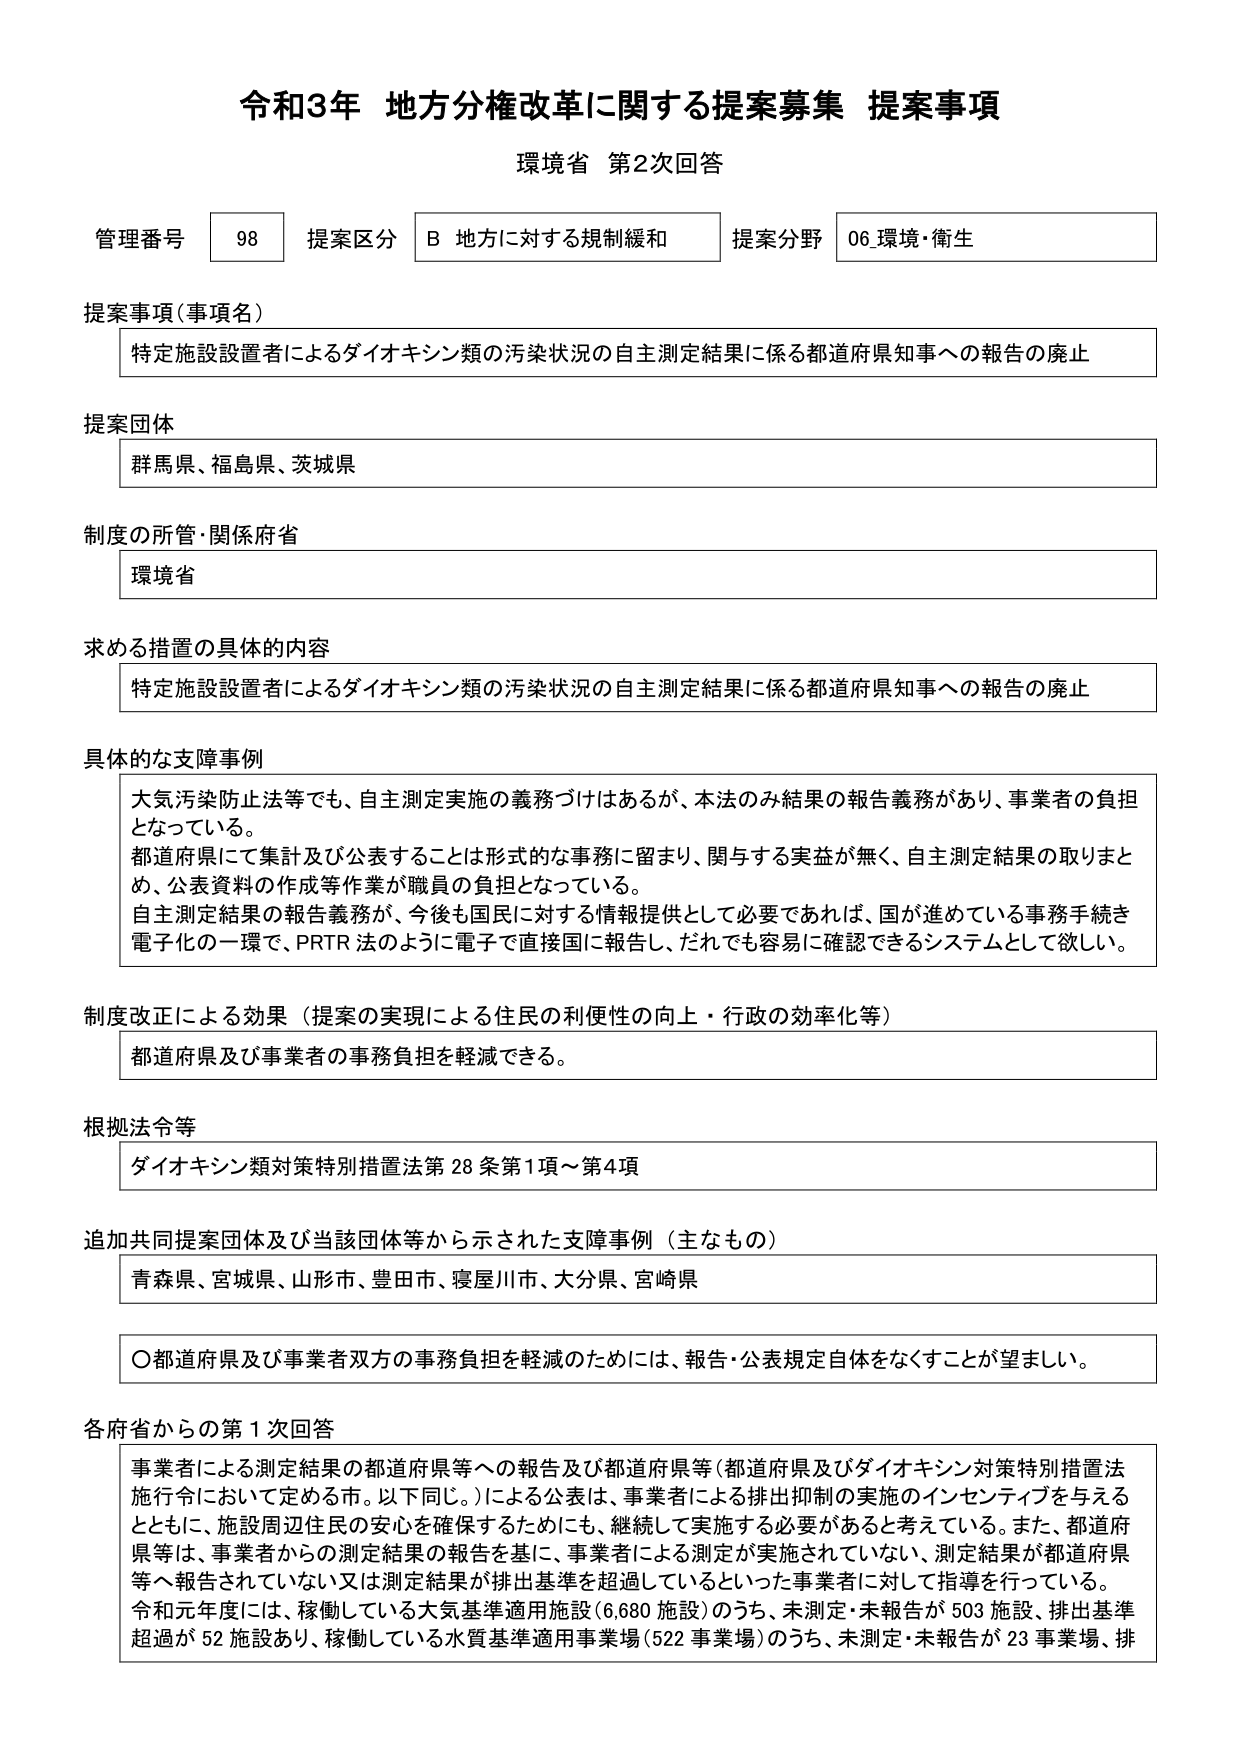
令和3年 地方分権改革に関する提案募集 提案事項
環境省 第2次回答

管理番号 98 提案区分 B 地方に対する規制緩和 提案分野 06 環境・衛生

提案事項（事項名）
特定施設設置者によるダイオキシン類の汚染状況の自主測定結果に係る都道府県知事への報告の廃止

提案団体
群馬県、福島県、茨城県

制度の所管・関係府省
環境省

求める措置の具体的内容
特定施設設置者によるダイオキシン類の汚染状況の自主測定結果に係る都道府県知事への報告の廃止

具体的な支障事例
大気汚染防止法等でも、自主測定実施の義務づけはあるが、本法のみ結果の報告義務があり、事業者の負担となっている。
都道府県にて集計及び公表することは形式的な事務に留まり、関与する実益が無く、自主測定結果の取りまとめ、公表資料の作成等作業が職員の負担となっている。
自主測定結果の報告義務が、今後も国民に対する情報提供として必要であれば、国が進めている事務手続を電子化の一環で、PRTR法のように電子で直接国に報告し、だれでも容易に確認できるシステムとして欲しい。

制度改正による効果（提案の実現による住民の利便性の向上・行政の効率化等）
都道府県及び事業者の事務負担を軽減できる。

根拠法令等
ダイオキシン類対策特別措置法第28条第1項～第4項

追加共同提案団体及び当該団体等から示された支障事例（主なもの）
青森県、宮城県、山形市、豊田市、寝屋川市、大分県、宮崎県

〇都道府県及び事業者双方の事務負担を軽減のためには、報告・公表規定自体をなくすことが望ましい。

各府省からの第1次回答
事業者による測定結果の都道府県等への報告及び都道府県等（都道府県及びダイオキシン対策特別措置法施行令において定める市。以下同じ。）による公表は、事業者による排出抑制の実施のインセンティブを与えるとともに、施設周辺住民の安心を確保するためにも、継続して実施する必要があると考えている。また、都道府県等は、事業者からの測定結果の報告を基に、事業者による測定が実施されていない、測定結果が都道府県等へ報告されていない又は測定結果が排出基準を超過しているといった事業者に対して指導を行っている。
令和元年度には、稼働している大気基準適用施設（6,680施設）のうち、未測定・未報告が503施設、排出基準超過が52施設あり、稼働している水質基準適用事業場（522事業場）のうち、未測定・未報告が23事業場、排